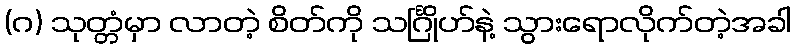
(ဂ) သုတ္တံမှာ လာတဲ့ စိတ်ကို သင်္ဂြိုဟ်နဲ့ သွားရောလိုက်တဲ့အခါ